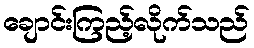
ချောင်းကြည့်လိုက်သည်